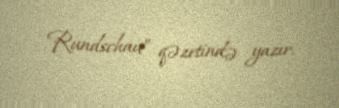
Rundschau” qəzetində yazır.